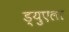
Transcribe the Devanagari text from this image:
ड्युएला